system: You are a helpful assistant.
user:
Analyze the provided spectrum to determine if it is a **White Dwarf (WD)**.

A White Dwarf spectrum is defined by its **extreme purity** (due to gravitational settling) and/or **extreme pressure broadening** (due to high surface gravity). You must check for one of the following mutually exclusive signatures:

- **Key Visual Indicators (Check for ONE of these types):**

    - **1. DA-Type Signature (Most Common):**
        - **(Primary Feature):** Extreme pressure broadening (Stark broadening) of the **Hydrogen (H) Balmer lines**.
        - **(Key Lines):** $H\beta$ (approx. $4861$ Å) and $H\gamma$ (approx. $4340$ Å). $H\alpha$ (approx. $6563$ Å) will also be present if the wavelength range covers it.
        - **(Line Profile):** This is the **defining feature**. The lines are **NOT** sharp. They appear as massive, **extremely broad and deep "troughs" or "dips"** in the spectrum, often hundreds of Ångströms wide. The continuum will appear to "scoop" down at these wavelengths.
        - **(Distinction):** Normal A-type or B-type stars have *narrow* and *sharp* Hydrogen lines. A DA White Dwarf's lines are unmistakably "smeared" or "blurry" from pressure.

    - **2. DB-Type Signature:**
        - **(Primary Feature):** Broad absorption lines from **Neutral Helium (He I)**. The spectrum must lack any visible Hydrogen lines.
        - **(Key Lines):** Look for broad absorption near $4471$ Å, $4921$ Å, and $5876$ Å.
        - **(Line Profile):** These lines are also significantly pressure-broadened, appearing much wider than they would in a normal B-type main-sequence star.

    - **3. DC-Type Signature:**
        - **(Primary Feature):** A **featureless continuous spectrum**.
        - **(Line Profile):** The spectrum is a smooth curve with **no significant absorption or emission lines**.
        - **(Key Confirmation):** The continuum is almost always **blue or white**, indicating a hot object. This signature implies the atmosphere is so pure (or so cool) that no spectral lines are visible in the optical range. Its WD identity is confirmed by its extremely low intrinsic brightness (high absolute magnitude).

    - **4. DZ-Type Signature (Metal-Polluted):**
        - **(Primary Feature):** **Isolated, narrow metal absorption lines** on an otherwise featureless (DC-like) continuum.
        - **(Key Lines):** The **Calcium (Ca II) H & K doublet** (approx. **$3934$ Å** and **$3968$ Å**) is the most common and defining feature.
        - **(Line Profile):** These lines are "out of place." They are *not* part of a "forest" of thousands of lines. This signature is evidence of recent *accretion* (pollution) from rocky debris.
        - **(Distinction):** Normal G/K/M stars have a *dense forest* of thousands of metal lines. A DZ has a *clean* continuum with *only a few* strong metal lines.

    - **5. DQ-Type Signature (Carbon-Polluted):**
        - **(Primary Feature):** Absorption bands from **Carbon (C₂ "Swan Bands" or atomic C I)**.
        - **(Key Lines - C₂):** Look for bandheads with a "saw-tooth" shape near $5635$ Å, **$5165$ Å** (strongest), and $4737$ Å.
        - **(Key Confirmation):** The underlying **continuum must be blue or white** (hot).
        - **(Distinction):** This is the critical difference from a **Carbon Star**, which has the *exact same* C₂ bands but on an extremely **red, cool** continuum.

- **(Overall Spectrum):**
    - The continuum (overall shape) is typically **blue-sloping** (brighter in the blue than the red), as most white dwarfs are very hot.
    - The spectrum will look "pure" or "simple," dominated by only *one* of the five signatures listed above.

Think first, call **spectral_visualization_tool** if needed to examine features in detail, then provide your final answer. Your response must adhere to the following strict rules:
1.  **Overall Structure:** Your response must follow the format `<think>...</think> <tool_call>...</tool_call> (if a tool is used) <answer>...</answer>`.
2.  **Tool Usage Constraint:** You may only make **one** tool call per turn.
3.  **Final Answer Format:** In the `<answer>` tag, your conclusion must be inside a `\boxed{}` command (e.g., `\boxed{YES}` or `\boxed{NO}`), followed by your justification.

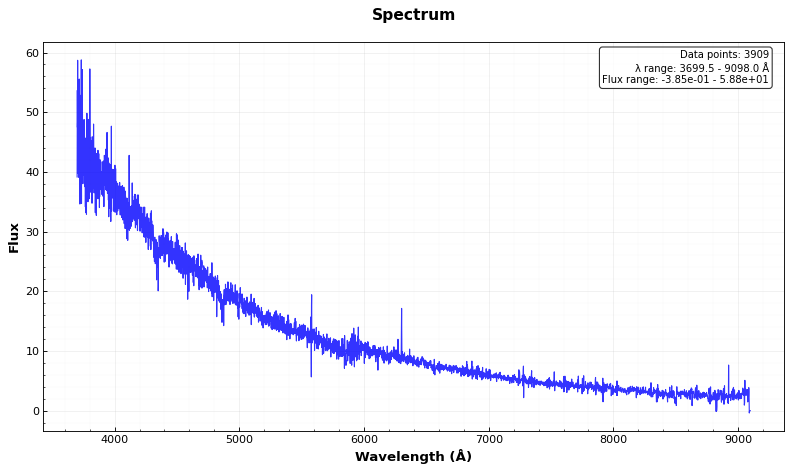
Answer: YES